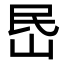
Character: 𡶘